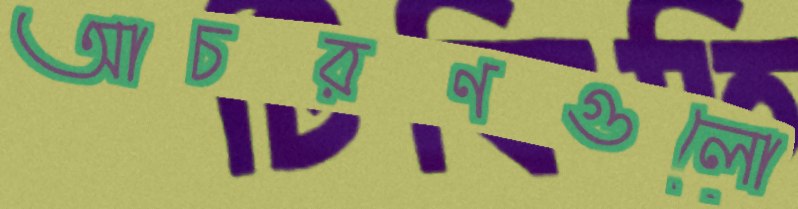
আচরণগুলো